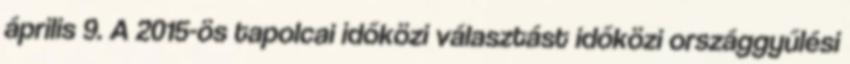
április 9. A 2015-ös tapolcai időközi választást időközi országgyűlési